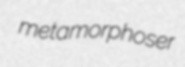
metamorphoser